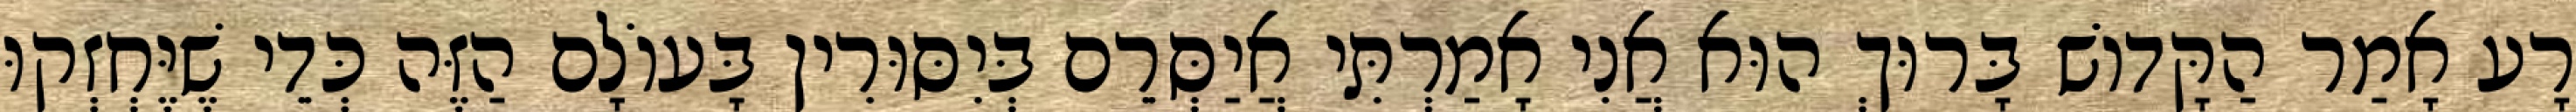
רָע אָמַר הַקָּדוֹשׁ בָּרוּךְ הוּא אֲנִי אָמַרְתִּי אֲיַסְּרֵם בְּיִסּוּרִין בָּעוֹלָם הַזֶּה כְּדֵי שֶׁיֶּחְזְקוּ